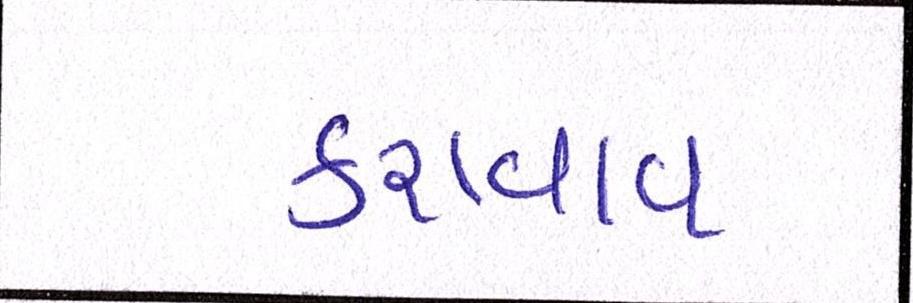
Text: કરાવાવ